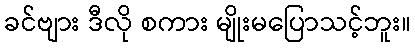
ခင်ဗျား ဒီလို စကား မျိုးမပြောသင့်ဘူး။